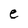
Character: e